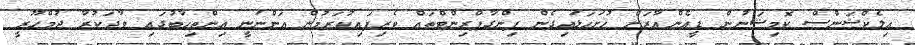
އިލެކްޝަންސް ކޮމިޝަނުން ޑީއެންއާރަށް ހުށަހަޅައިގެން ފިންގާޕްރިންޓްތައް ވެރިފައިކުރަމުން އަންނަނީ އިންތިހާބުގައި ވާދަކުރާ ޖުމްހޫރީ